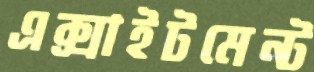
এক্সাইটমেন্ট